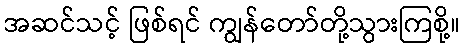
အဆင်သင့် ဖြစ်ရင် ကျွန်တော်တို့သွားကြစို့။